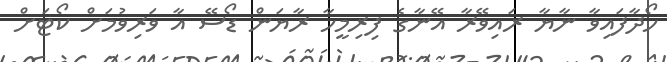
ހޯދާފައިވާ ނާޔާ ރައިވޭރާ އޭނާގެ ފިރިމީހާ ރާޔަން ޑޯސޭ އާ ވަރިވުމަށް ކޯޓަށް